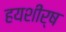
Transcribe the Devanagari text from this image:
हयशीर्ष